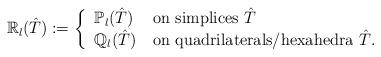
LaTeX: \begin{align*} {\mathbb R}_l(\hat T) := \left \lbrace \begin{tabular}{ll} ${\mathbb P}_l(\hat T)$ & on simplices $\hat T$ \\ ${\mathbb Q}_l(\hat T)$ & on quadrilaterals/hexahedra $\hat T$. \end{tabular} \right.\end{align*}